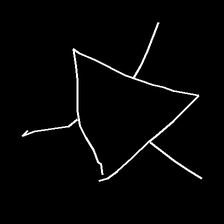
Glyph: fire